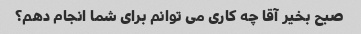
صبح بخیر آقا چه کاری می توانم برای شما انجام دهم؟